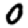
Digit: 0